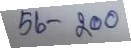
56 - 200